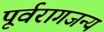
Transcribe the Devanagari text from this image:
पूर्वरागजन्य